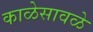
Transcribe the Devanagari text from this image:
काळेसावळे